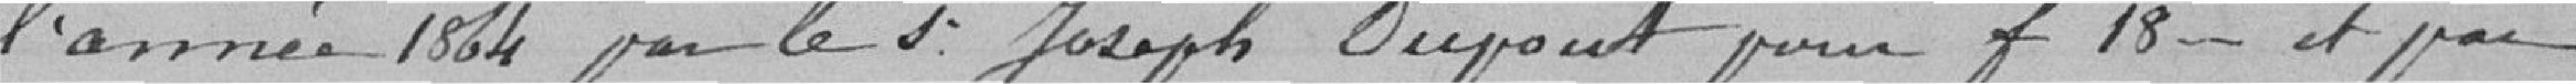
l'année 1864 par le Sieur Joseph DUPONT pour 18 francs et par